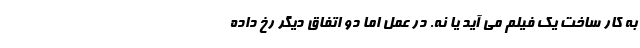
به کار ساخت یک فیلم می آید یا نه. در عمل اما دو اتفاق دیگر رخ داده